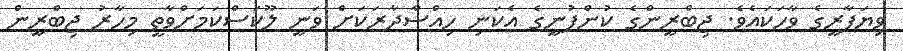
ވިޔަފާރީގެ ވާހަކައެވެ. ޖިބްރީންގެ ކުންފުނީގެ އެކަނި ހިއްސާދާރަކަށް ވަނީ ލޫކަސްކަމަށްވާތީ މިހާރު ޖިބްރީން